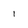
Character: 1